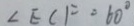
\angle E C F = 6 0 ^ { \circ }